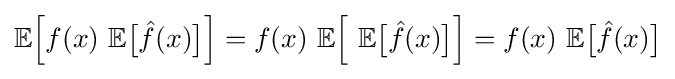
\mathbb {E} {\Big [}f(x)\ \mathbb {E} {\big [}{\hat {f}}(x){\big ]}{\Big ]}=f(x)\ \mathbb {E} {\Big [}\ \mathbb {E} {\big [}{\hat {f}}(x){\big ]}{\Big ]}=f(x)\ \mathbb {E} {\big [}{\hat {f}}(x){\big ]}